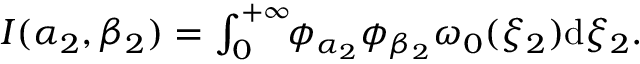
\begin{array} { r } { I ( \alpha _ { 2 } , \beta _ { 2 } ) = \int _ { 0 } ^ { + \infty } \! \! \phi _ { \alpha _ { 2 } } \phi _ { \beta _ { 2 } } \omega _ { 0 } ( \xi _ { 2 } ) \mathrm { d } \xi _ { 2 } . } \end{array}